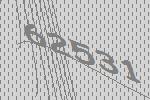
62531